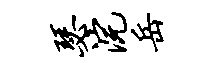
瑟浣岳